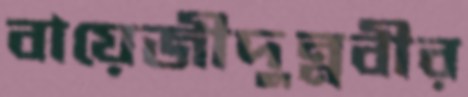
বায়েজীদুন্নবীর